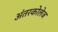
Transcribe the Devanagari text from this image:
अंतरकोलेज